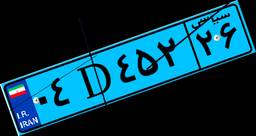
۱۰D۸۰۵۰۳